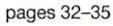
pages 32-35